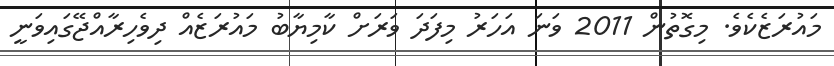
މައުރަޒެކެވެ. މިގޮތުން 2011 ވަނަ އަހަރު މިފަދަ ވަރަށް ކާމިޔާބު މައުރަޒެއް ދިވެހިރާއްޖޭގައިވަނީ